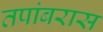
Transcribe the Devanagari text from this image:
तपांबरास